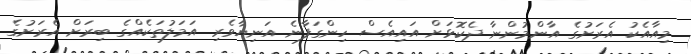
މިއާއެކު އެރަށުގެ އާންމުންނާ ދެކޮޅަށް އައިއެސް ހިންގަފާނެ އަނިޔާވެރި އަމަލުތަކެއްގެ ބިރަށް އެރަށުގެ